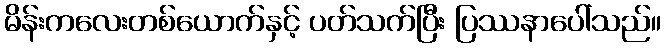
မိန်းကလေးတစ်ယောက်နှင့် ပတ်သက်ပြီး ပြဿနာပေါ်သည်။